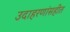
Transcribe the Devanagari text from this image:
उदाहरणांसहीत